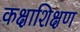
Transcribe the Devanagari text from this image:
कक्षाशिक्षण